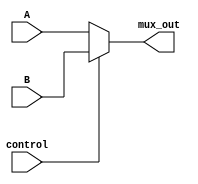
module Mux_N 
#(parameter N=32)
(
 input [N-1:0] A, B,
 input control,
 output [N-1:0] mux_out
);

 assign mux_out = (control==0) ? A:B;
endmodule